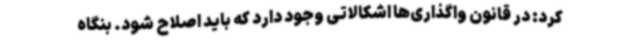
کرد: در قانون واگذاری‌ها اشکالاتی وجود دارد که باید اصلاح شود. بنگاه